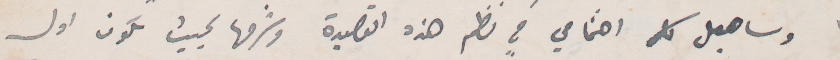
وساجعل كل اهتمامي في نظر هذه القصيدة وشرحها بحيث يكون اول